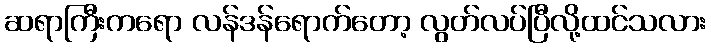
ဆရာကြီးကရော လန်ဒန်ရောက်တော့ လွတ်လပ်ပြီလို့ထင်သလား